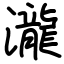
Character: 瀧